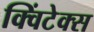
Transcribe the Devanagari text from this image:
क्विंटेक्स